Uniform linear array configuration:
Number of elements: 64
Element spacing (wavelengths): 0.75
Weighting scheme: exponential
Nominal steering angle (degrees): -15
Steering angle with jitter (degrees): -14.016
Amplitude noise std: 0.05
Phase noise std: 0.05

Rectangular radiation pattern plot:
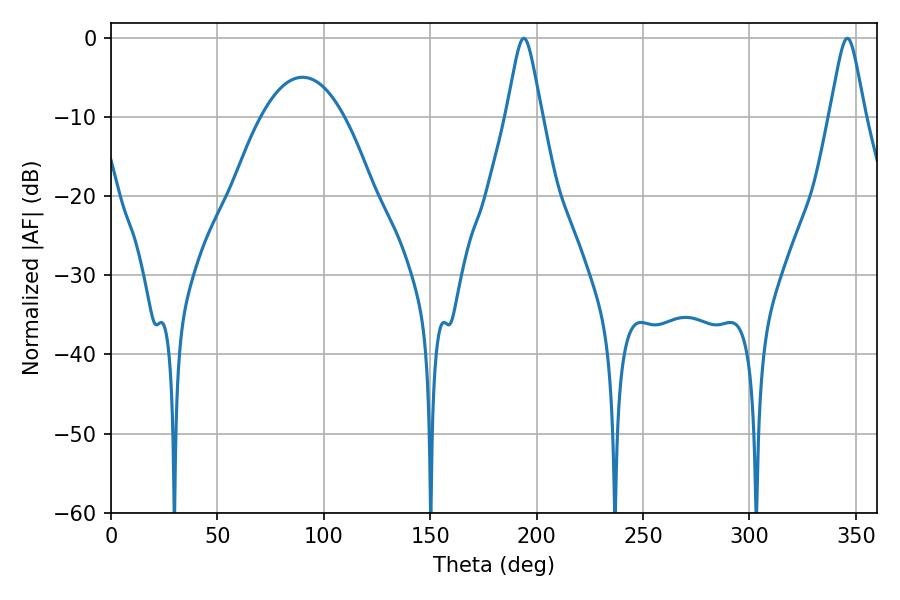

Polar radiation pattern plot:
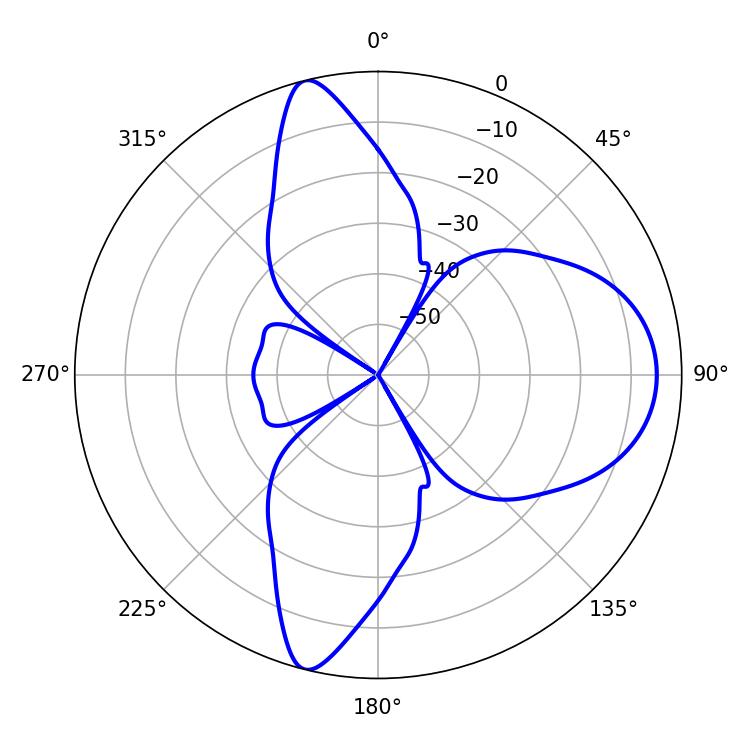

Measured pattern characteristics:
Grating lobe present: TRUE
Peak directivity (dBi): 13.106
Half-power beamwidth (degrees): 7.92
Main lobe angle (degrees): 194.04